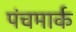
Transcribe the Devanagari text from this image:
पंचमार्क